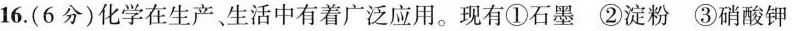
16.(6分)化学在生产、生活中有着广泛应用。现有①石墨②淀粉③硝酸钾